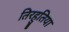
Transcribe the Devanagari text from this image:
तिरहुतिया